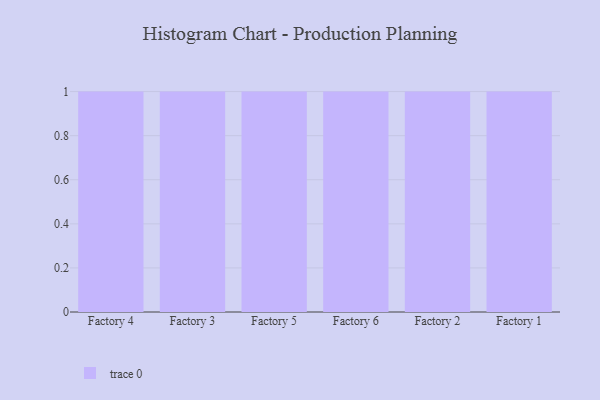
{"axis": {"x": "Factory", "y": "Website Visitors"}, "legend": [""], "data": [{"x": "Factory 4", "y": 60, "type": ""}, {"x": "Factory 3", "y": 1, "type": ""}, {"x": "Factory 5", "y": 50, "type": ""}, {"x": "Factory 6", "y": 30, "type": ""}, {"x": "Factory 2", "y": 59, "type": ""}, {"x": "Factory 1", "y": 18, "type": ""}]}